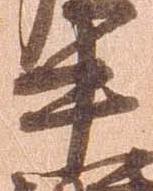
中